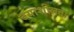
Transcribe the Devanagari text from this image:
दयाशीलता